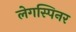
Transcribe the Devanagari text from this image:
लेगस्पिनर